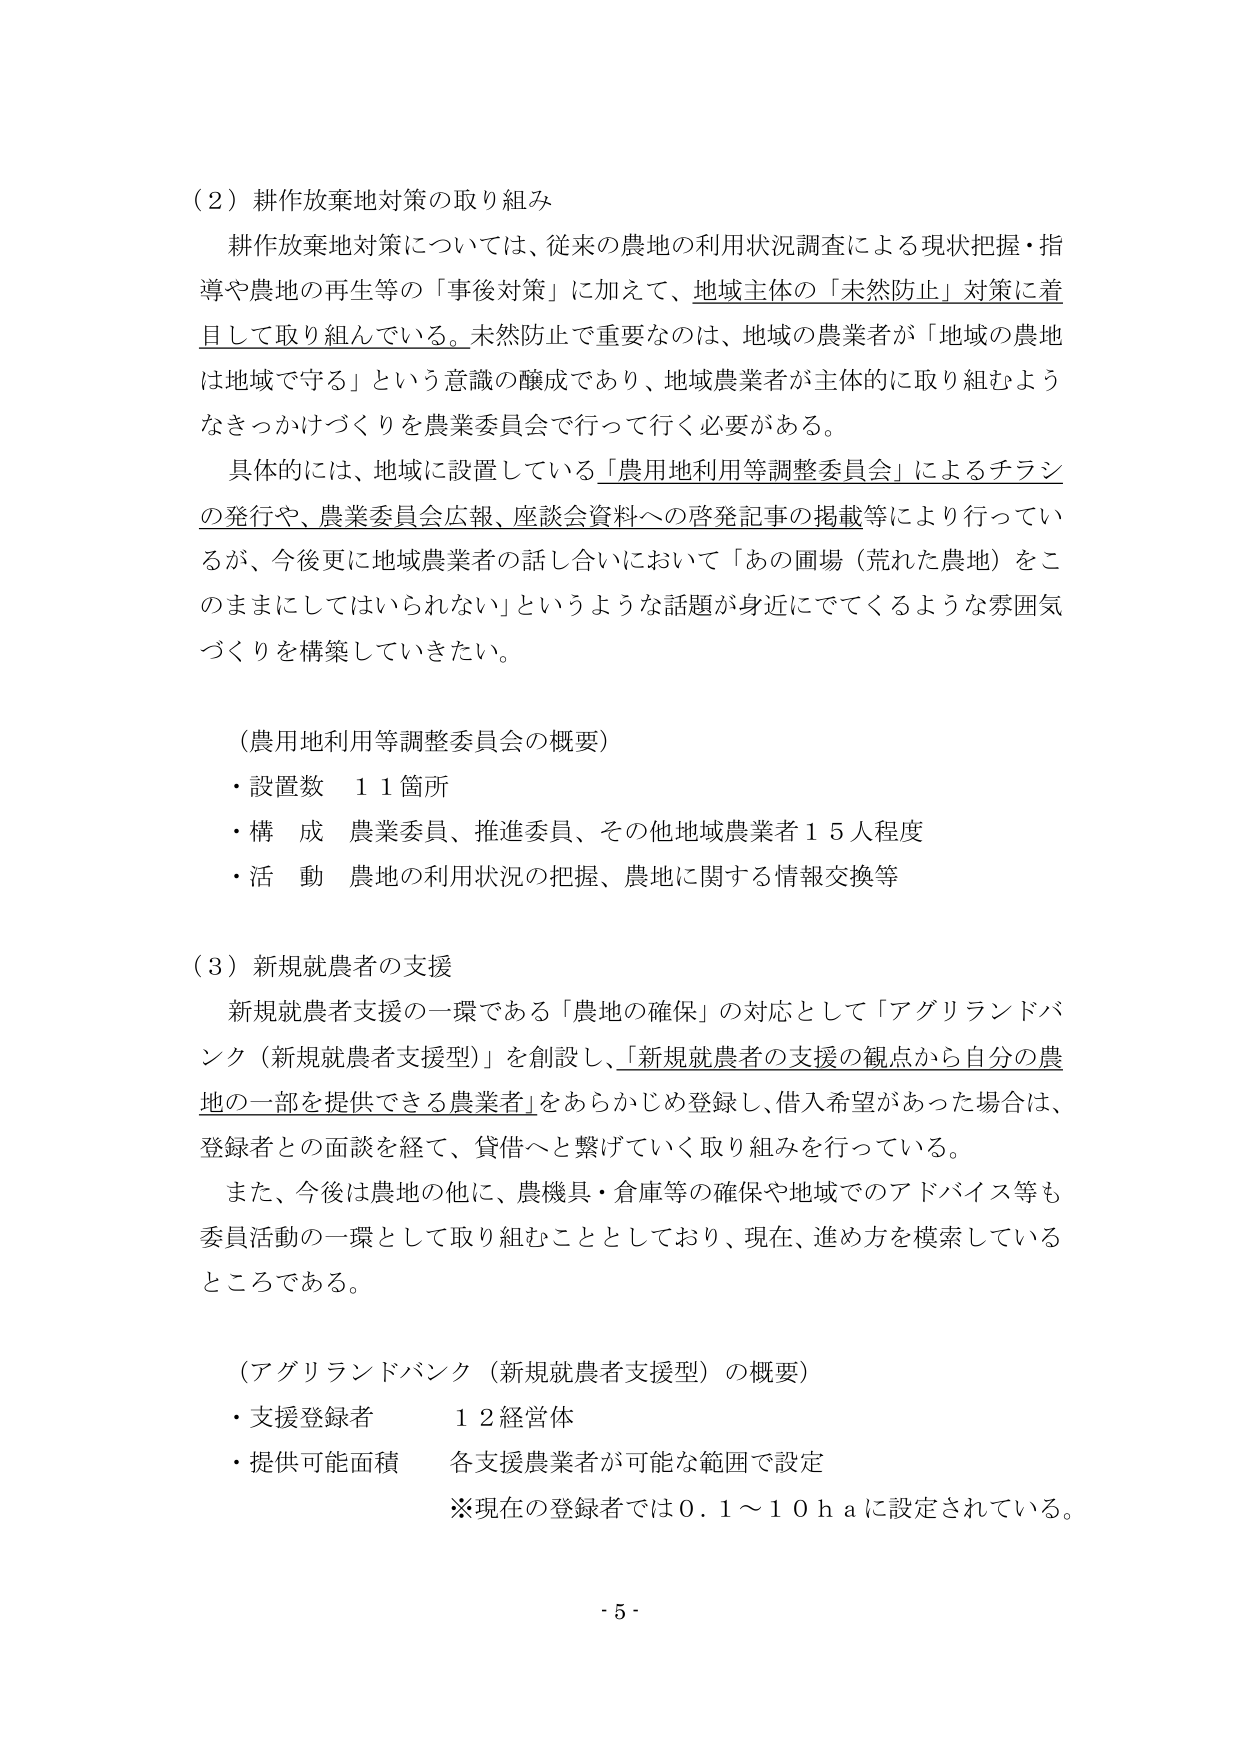
（２）耕作放棄地対策の取り組み
耕作放棄地対策については、従来の農地の利用状況調査による現状把握・指導や農地の再生等の「事後対策」に加えて、地域主体の「未然防止」対策に着目して取り組んでいる。未然防止で重要なのは、地域の農業者が「地域の農地は地域で守る」という意識の醸成であり、地域農業者が主体的に取り組むようなきっかけづくりを農業委員会で行って行く必要がある。
具体的には、地域に設置している「農用地利用等調整委員会」によるチラシの発行や、農業委員会広報、座談会資料への啓発記事の掲載等により行っているが、今後更に地域農業者の話し合いにおいて「あの圃場（荒れた農地）をこのままにしてはいられない」というような話題が身近にでてくるような雰囲気づくりを構築していきたい。

（農用地利用等調整委員会の概要）
・設置数　１１箇所
・構成　農業委員、推進委員、その他地域農業者１５人程度
・活動　農地の利用状況の把握、農地に関する情報交換等

（３）新規就農者の支援
新規就農者支援の一環である「農地の確保」の対応として「アグリランドバンク（新規就農者支援型）」を創設し、「新規就農者の支援の観点から自分の農地の一部を提供できる農業者」をあらかじめ登録し、借入希望があった場合は、登録者との面談を経て、貸借へと繋げていく取り組みを行っている。
また、今後は農地の他に、農機具・倉庫等の確保や地域でのアドバイス等も委員活動の一環として取り組むこととしており、現在、進め方を模索しているところである。

（アグリランドバンク（新規就農者支援型）の概要）
・支援登録者　１２経営体
・提供可能面積　各支援農業者が可能な範囲で設定
　　※現在の登録者では０．１～１０ｈａに設定されている。

- 5 -